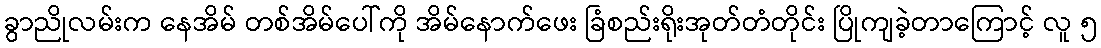
ခွာညိုလမ်းက နေအိမ် တစ်အိမ်ပေါ်ကို အိမ်နောက်ဖေး ခြံစည်းရိုးအုတ်တံတိုင်း ပြိုကျခဲ့တာကြောင့် လူ ၅